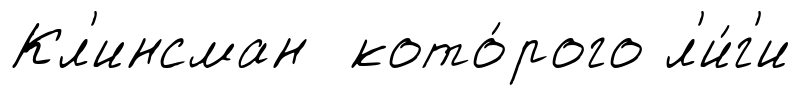
Кл'инсман кото́рого л'и́г'и